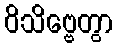
ဝိသိဗ္ဗေတွာ